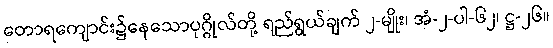
တောရကျောင်း၌နေသောပုဂ္ဂိုလ်တို့ ရည်ရွယ်ချက် ၂-မျိုး၊ အံ-၂-ပါ-၆၂၊ ဋ္ဌ-၂၆။